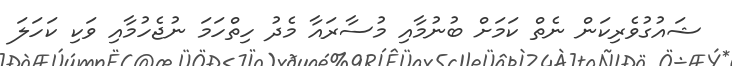
ޝައުގުވެރިކަން ނެތް ކަމަށް ބުނުމާއި މުސާރައާ މެދު ހިތްހަމަ ނުޖެހުމާއި ވަކި ކަހަލަ